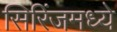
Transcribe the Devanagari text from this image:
सिरिंजमध्ये